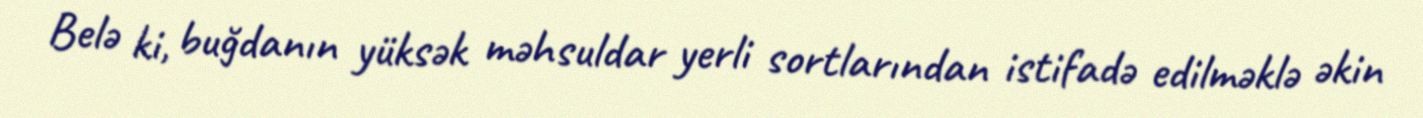
Belə ki, buğdanın yüksək məhsuldar yerli sortlarından istifadə edilməklə əkin